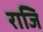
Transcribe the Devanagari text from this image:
राजि